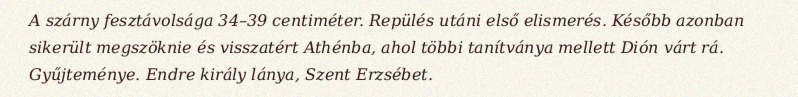
A szárny fesztávolsága 34–39 centiméter. Repülés utáni első elismerés. Később azonban sikerült megszöknie és visszatért Athénba, ahol többi tanítványa mellett Dión várt rá. Gyűjteménye. Endre király lánya, Szent Erzsébet.